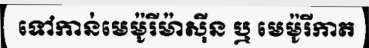
ទៅកាន់មេម៉ូរីម៉ាស៊ីន ឬ មេម៉ូរីកាត